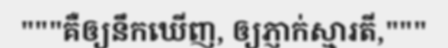
"""គឺឲ្យនឹកឃើញ, ឲ្យភ្ញាក់ស្មារតី,"""